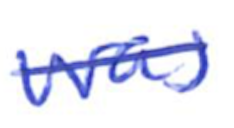
Text: was
Cross-out: single-line
Writing tool: ballpoint